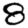
Digit: 8